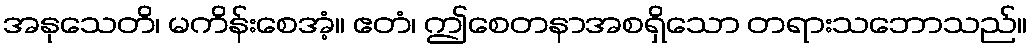
အနုသေတိ၊ မကိန်းစေအံ့။ ဧတံ၊ ဤစေတနာအစရှိသော တရားသဘောသည်။